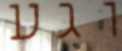
וגע